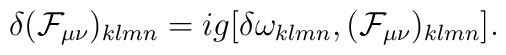
\delta({\cal F}_{\mu\nu})_{klmn}=ig[\delta\omega_{klmn},({\cal F}_{\mu\nu})_{klmn}].